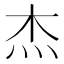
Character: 杰